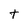
Character: t